Lunatic asylums Madras 1892-1911 - 1892-1911
Year: 1892
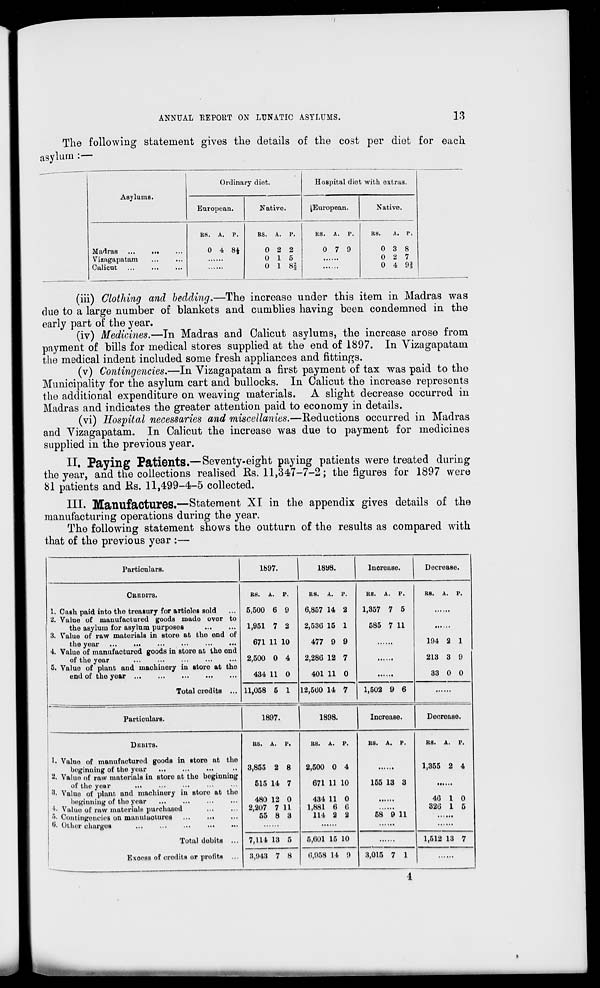
ANNUAL "REPORT ON LUNATIC ASYLUMS.
13
The following statement gives the details of the cost per diet for each
asylum :—
Asylums.
Ordinary diet.
European.
Native.
Hospital diet with extras.
^European.
Native.
Madras
Vizagapatam
Calicut
RS. A. p.
0 4 8|
RS. A.
0 2
0 1
0 1
2
5
8§
RS. A. P.
0 7 9
RS.
0 3 8
0 2 7
0 4 01
(iii) Clothing and bedding.—The increase under this item in Madras was
due to a large number of blankets and cumblies having been condemned in the
early part of the year.
(iv) Medicines.—Tn Madras and Calicut asylums, the increase arose from
payment of bills for medical stores supplied at the end of 1897. In Yizagapatam
the medical indent included some fresh appliances and fittings.
(v) Contingencies.—In Vizagapatam a first payment of tax was paid to the
Municipality for the asylum cart and bullocks. In Calicut the increase represents
the additional expenditure on weaving materials. A slight decrease occurred in
Madras and indicates the greater attention paid to economy in details.
(vi) Hospital necessaries and miscellanies.—Reductions occurred in Madras
and Vizagapatam. In Calicut the increase was due to payment for medicines
supplied in the previous year.
II. Paying Patients.—Seventy-eight paying patients were treated during
the year, and the collections realised Rs. 11,347-7-2; the figures for 1897 were
81 patients and Rs. 11,499-4-5 collected.
III. Manufactures.—Statement XI in the appendix gives details of the
manufacturing operations during the year.
The following statement shows the outturn of the results as compared with
that of the previous year :—
Particulars.
1897.
1898.
Increase.
Decrease.
CREDITS.
RS. A.
p.
RS. A. P.
RS. A. P.
R8. A. P.
1. Cash paid into the treasury for artioles sold
5,500 6 9
6,857 14 2
1,357 7 5
Si. Value of manufactured goods made over to
the asylum for asylum purposes
1,951 7 2
2,536 15 1
585 7 11
3. Value of raw materials in store at the end of
the year
671 11 10
477 9 9
194 2 1
4. Value of manufactured goods in store at the end
of the year
2,500 0 4
2,286 12 7
213 3 9
5. Value of plant and machinery in store at the
end of the year
Total credits ...
434 11 0
401 11 0
33 0 0
11,058 5 1 12,560 14 7
1,502 9 6
Particulars.
1897.
1898.
Increase.
Doorease.
DKHITS.
RS. A. p.
RS. A. p.
RS. A. P.
RS. A. P.
II Value of manufactured goods in store at the
beginning of the year
3,855 2 8
2,500 0 4
1,355 2 4
«. Value of raw materials in store at tho boginning
of tho year
...
515 14 7
671 11 10
155 13 3
8. Value of plant and machinery in store at tho
beginning of the year
480 12 0
434 11 0
46 1 0
4. Value of raw materials purchased
2,207 7 11
1,881 6 6
326 1 5
•>• Oontinofenoiei on manufactures ...
...
55 8 3
114 2 2
58 9 11
j 6. Other charges
...
Total debits ...
Rxooss of credits or profits ...
7,114 13 5
5,601 15 10
1,512 13 7
8,048 7 8
6,058 14 9
3,015 7 1